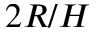
2 R / H